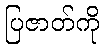
ပြဇာတ်ကို